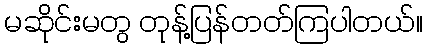
မဆိုင်းမတွ တုန့်ပြန်တတ်ကြပါတယ်။